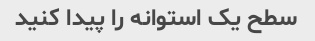
سطح یک استوانه را پیدا کنید